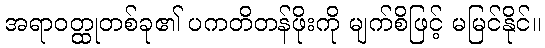
အရာဝတ္ထုတစ်ခု၏ ပကတိတန်ဖိုးကို မျက်စိဖြင့် မမြင်နိုင်။